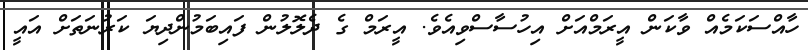
ހާއްސަކަމެއް ވާކަން އީރަމްއަށް އިހުސާސްވިއެވެ. އީރަމް ގެ ދެލޮލުން ފައިބަމުންދިޔަ ކަރުނަތަށް އައީ